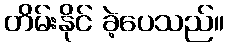
တိမ်းနိုင် ခဲ့ပေသည်။